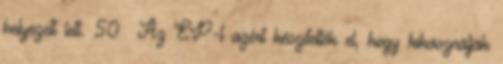
helyezett lett. 50 Az EP-t azért készítették el, hogy kihasználják